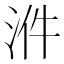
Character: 𣴓